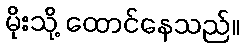
မိုးသို့ ထောင်နေသည်။